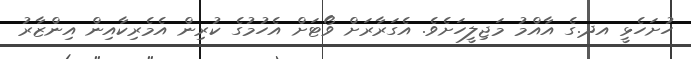
ހުށަހެޅީ އދ.ގެ އާއްމު މަޖިލީހަށެވެ. އެގަރާރަށް ވޯޓަށް އެހުމުގެ ކުރިން އެމެރިކާއިން އިންޒާރު